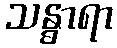
သန္ဓာရာ